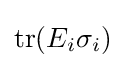
\operatorname {tr} (E_{i}\sigma _{i})